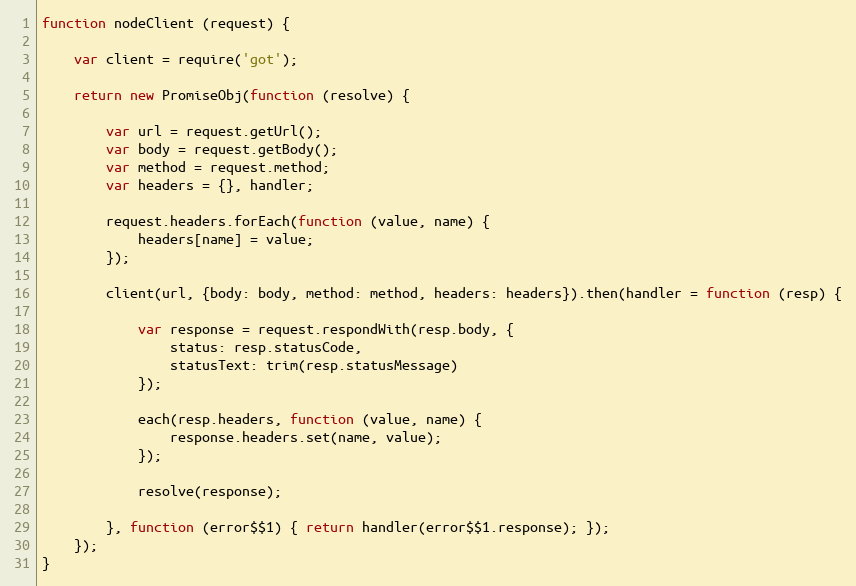
Language: JavaScript
function nodeClient (request) {

    var client = require('got');

    return new PromiseObj(function (resolve) {

        var url = request.getUrl();
        var body = request.getBody();
        var method = request.method;
        var headers = {}, handler;

        request.headers.forEach(function (value, name) {
            headers[name] = value;
        });

        client(url, {body: body, method: method, headers: headers}).then(handler = function (resp) {

            var response = request.respondWith(resp.body, {
                status: resp.statusCode,
                statusText: trim(resp.statusMessage)
            });

            each(resp.headers, function (value, name) {
                response.headers.set(name, value);
            });

            resolve(response);

        }, function (error$$1) { return handler(error$$1.response); });
    });
}